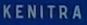
KENITRA